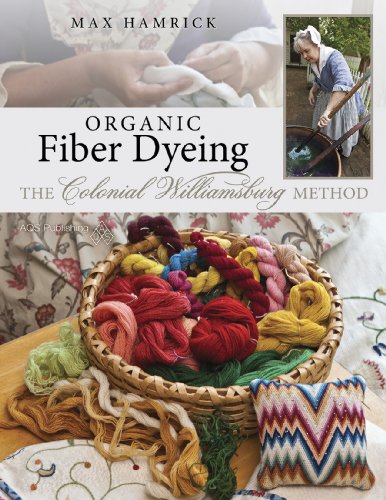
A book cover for Organic Fiber Dyeing: The Colonial Williamsburg Method; Hamrick; Crafts, Hobbies & Home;